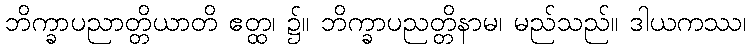
ဘိက္ခာပညာတ္တိယာတိ ဧတ္ထ၊ ၌။ ဘိက္ခာပညတ္တိနာမ၊ မည်သည်။ ဒါယကဿ၊